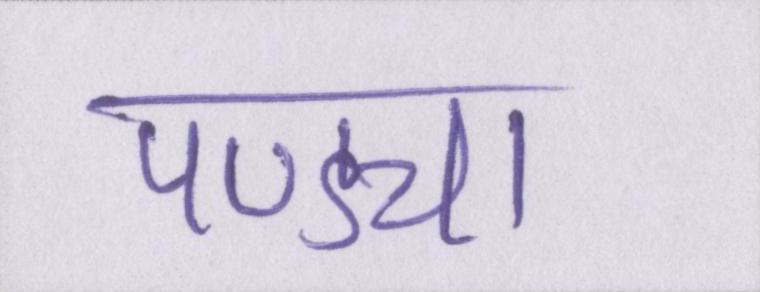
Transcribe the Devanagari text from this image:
पण्ड्या